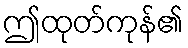
ဤထုတ်ကုန်၏